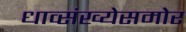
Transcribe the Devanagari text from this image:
धाव्संख्येसमोर